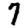
Digit: 7